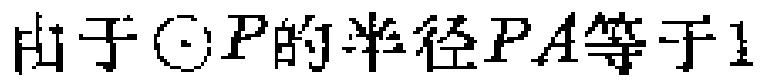
由于\(\odot P\)的半径\(PA\)等于\(1\)